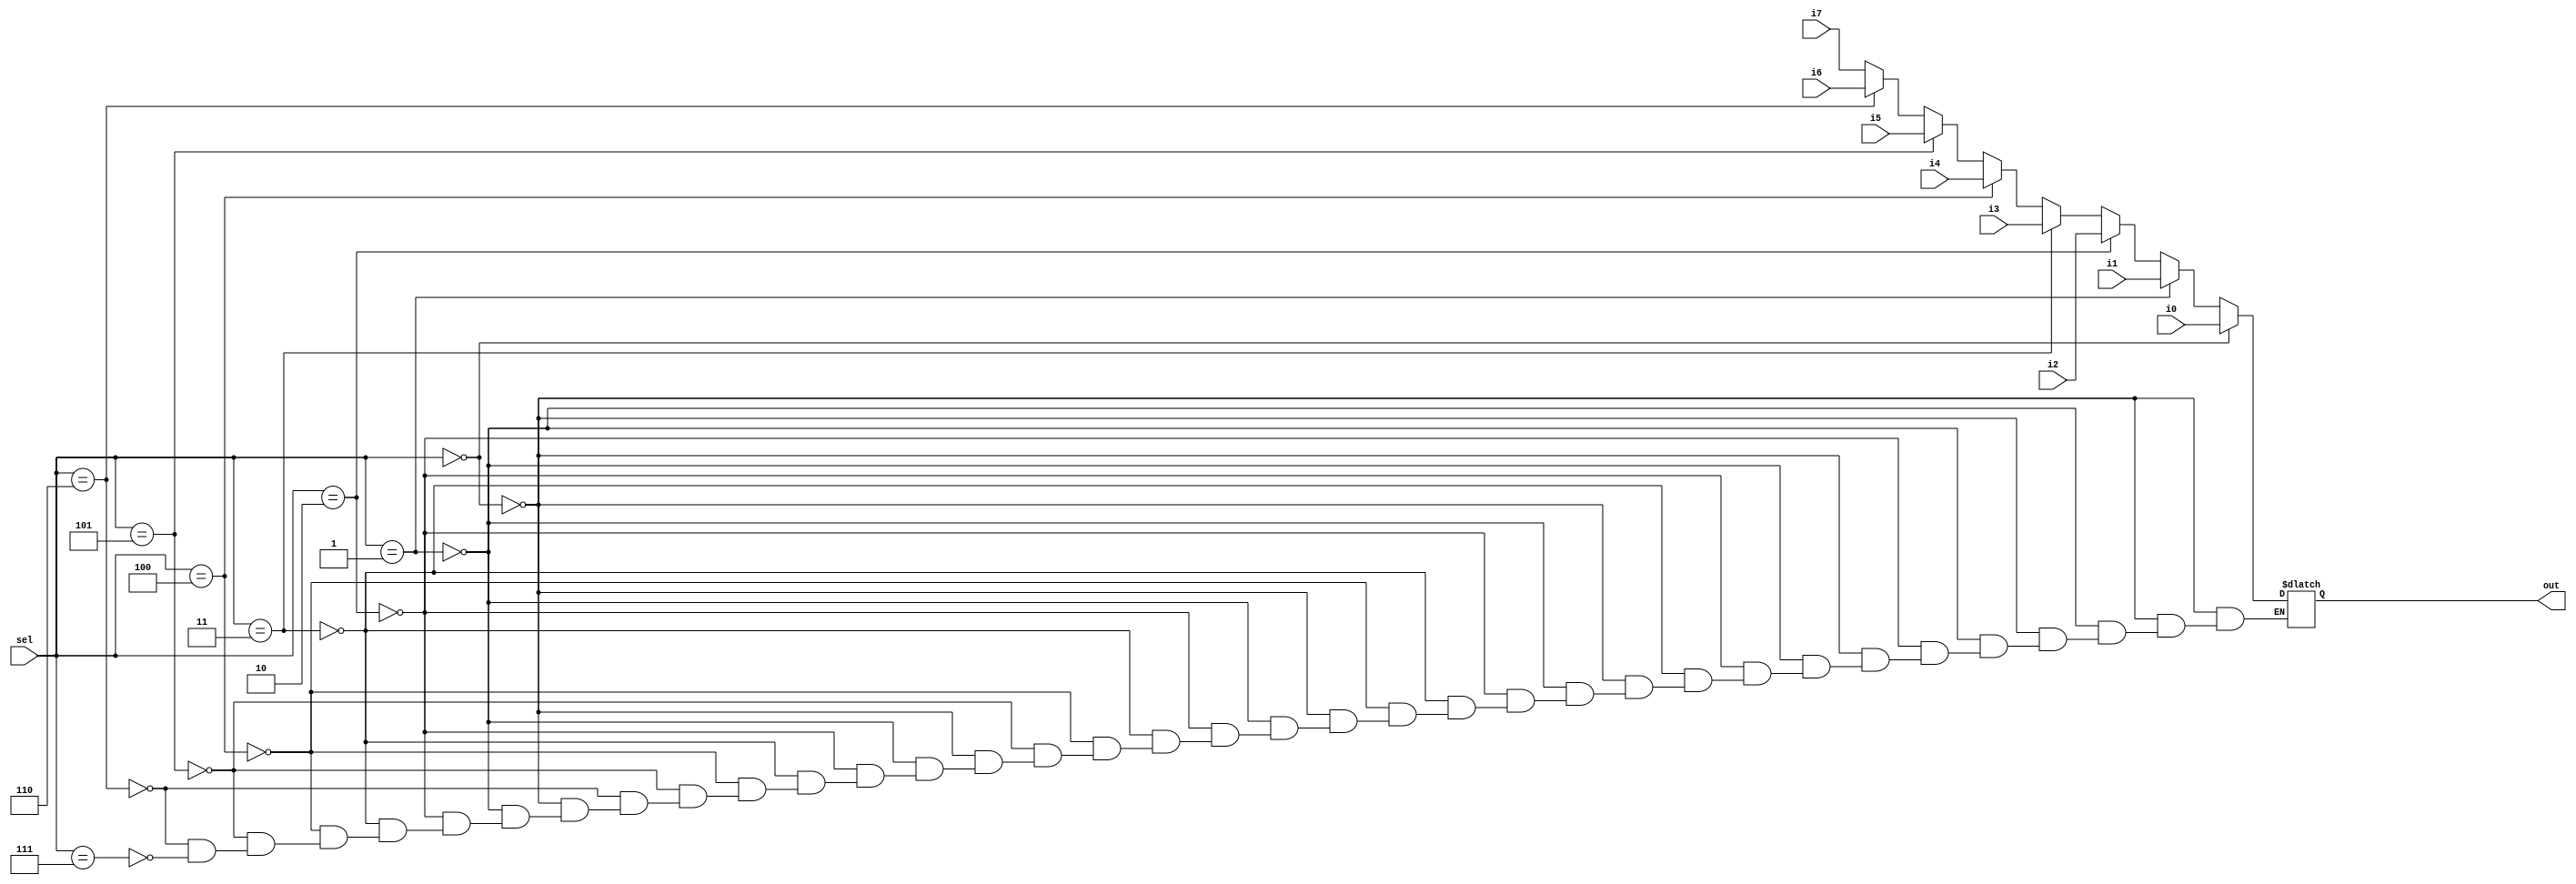
module mux_8_to_1(
    input wire i0,
    input wire i1,
    input wire i2,
    input wire i3,
    input wire i4,
    input wire i5,
    input wire i6,
    input wire i7,
    input wire [2:0] sel,
    output out
);

reg ans;
always @(*) begin
    if (sel == 3'b000)
        ans = i0;
    else if (sel == 3'b001)
        ans = i1;
    else if (sel == 3'b010)
        ans = i2;
    else if (sel == 3'b011)
        ans = i3;
    else if (sel == 3'b100)
        ans = i4;
    else if (sel == 3'b101)
        ans = i5;
    else if (sel == 3'b110)
        ans = i6;
    else if (sel == 3'b111)
        ans = i7;
end

assign out = ans;

endmodule